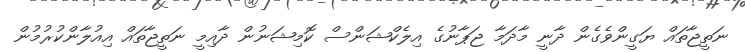
ނަތީޖާތައް ޔަގީންވެގެން ދާނީ މާދަމާ ޖަޕާނުގެ އިލެކްޝަންސް ކޮމިޝަނުން ދާއިމީ ނަތީޖާތައް އިއުލާންކުރުމުން